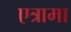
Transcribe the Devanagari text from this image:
एत्रामा